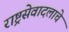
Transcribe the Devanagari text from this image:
राष्ट्रसेवादलाचे